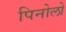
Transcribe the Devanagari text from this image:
पिनोलो